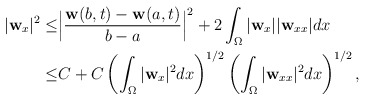
\begin{align*} |\mathbf{w}_x|^2\leq & \Big|\frac{\mathbf{w}(b,t)-\mathbf{w}(a,t)}{b-a}\Big|^2+2\int_\Omega|\mathbf{w}_{x}||\mathbf{w}_{xx}|dx\\ \leq& C+C\left(\int_\Omega|\mathbf{w}_{x}|^2dx\right)^{1/2}\left(\int_\Omega|\mathbf{w}_{xx}|^2dx\right)^{1/2},\end{align*}